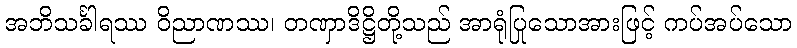
အဘိသင်္ခါရဿ ဝိညာဏဿ၊ တဏှာဒိဋ္ဌိတို့သည် အာရုံပြုသောအားဖြင့် ကပ်အပ်သော